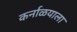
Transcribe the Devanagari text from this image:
कर्नाळयाला